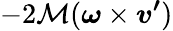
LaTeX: -2\mathcal{M}({\boldsymbol{\omega}}\times{\boldsymbol{v^{\prime}}})